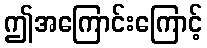
ဤအကြောင်းကြောင့်